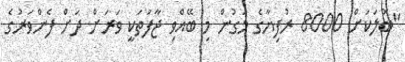
"ބޮލަކަށް 8000 ރުފިޔާގެ މަގުން މި ބޭއްވި ޖާފަތަކީ ވަަރަށް ދަށް ފެންވަރުގެ